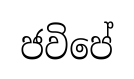
ජවිපේ